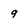
Character: 9